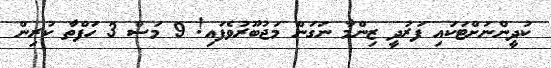
ކުދީންނަށްޓަކައި ފަރުދީ ޒިންމާ ނަގަން މަޖުބޫރުވެފައި! 9 މަސް 3 ހަފްތާ ކުރިން